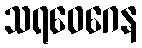
သရဝေဂေန